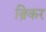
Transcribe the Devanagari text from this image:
ब्रिकर